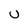
Character: U